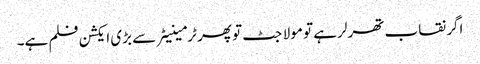
اگر نقاب تھرلر ہے تو مولا جٹ تو پھر ٹرمینیٹر سے بڑی ایکشن فلم ہے۔